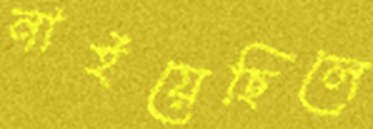
নাইয়েছিলে